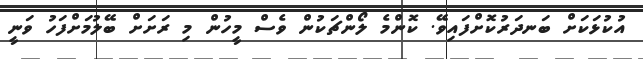
އުކުޅަކަށް ބަނދަރުކޮށްފައިވޭ. ކޮންމެ ލޯންޗަކުން ވެސް މީހުން މި ރަށަށް ބޭލުމަށްފަހު ވަނީ